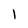
Character: 1